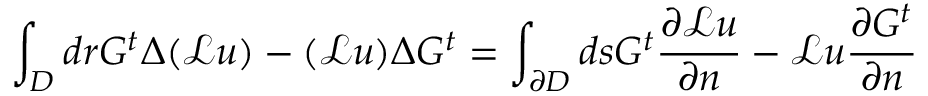
\int _ { D } d \boldsymbol { r } G ^ { t } \Delta ( \mathcal { L } u ) - ( \mathcal { L } u ) \Delta G ^ { t } = \int _ { \partial D } d s G ^ { t } \frac { \partial \mathcal { L } u } { \partial n } - \mathcal { L } u \frac { \partial G ^ { t } } { \partial n }